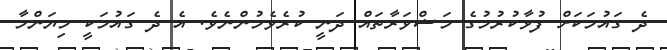
ދެ ގައުމަކަށް ފުޅާކުރުމުގެ މަޝްވަރާތައް ދަނީ ކުރެވެމުންނެވެ. އެ ދެ ގައުމަކީ މިޔަންމާ